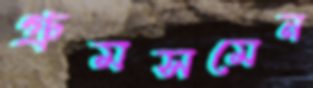
গ্রুমসমেন